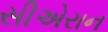
સીએરાન